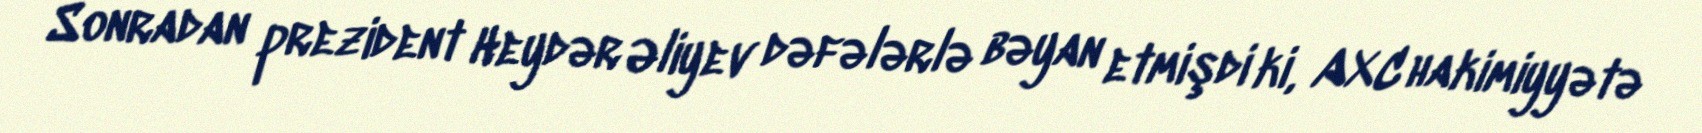
Sonradan prezident Heydər Əliyev dəfələrlə bəyan etmişdi ki, AXC hakimiyyətə